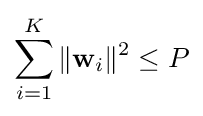
\sum _{i=1}^{K}\|\mathbf {w} _{i}\|^{2}\leq P